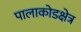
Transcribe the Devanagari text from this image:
पालाकोडक्षेत्र